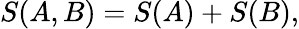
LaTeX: S(A,B)=S(A)+S(B),